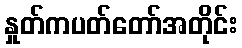
နှုတ်ကပတ်တော်အတိုင်း